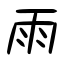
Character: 雨